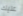
عليك